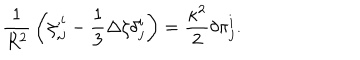
LaTeX: { \frac { 1 } { R ^ { 2 } } } \left( \zeta _ { , j } ^ { , i } - { \frac { 1 } { 3 } } \Delta \zeta \delta _ { j } ^ { i } \right) = { \frac { \kappa ^ { 2 } } { 2 } } \delta \pi _ { j } ^ { i } .